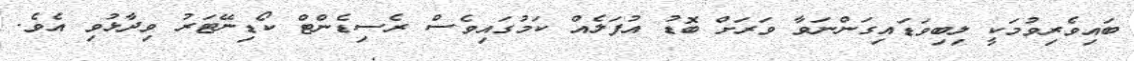
ބައިވެރިވުމަކީ ލިބިވަޑައިގަންނަވާ ވަރަށް ބޮޑު އުފަލެއް ކަމުގައިވެސް ރެސިޑެންޓް ކޯޑިނޭޓަރު ވިދާޅުވި އެވެ.